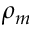
\rho _ { m }